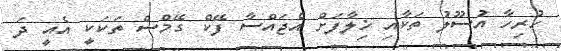
ހުރިހާ އުސޫލު ތަކާއި ޚިލާފަށް އެޖައްސާ ފޭކް ގޭމްސް ތަކަކީ އެއީ ދަ